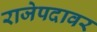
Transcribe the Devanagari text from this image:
राजेपदावर